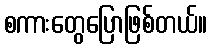
စကားတွေပြောဖြစ်တယ်။